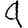
Digit: 9